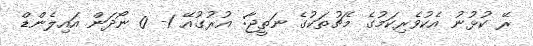
ރޭ ކުޅުނު އެކުވެރިކަމުގެ މެޗުތަކުގެ ނަތީޖާ: އުރުގުއޭ 1- 0 ނޯދަން އައިލެންޑް